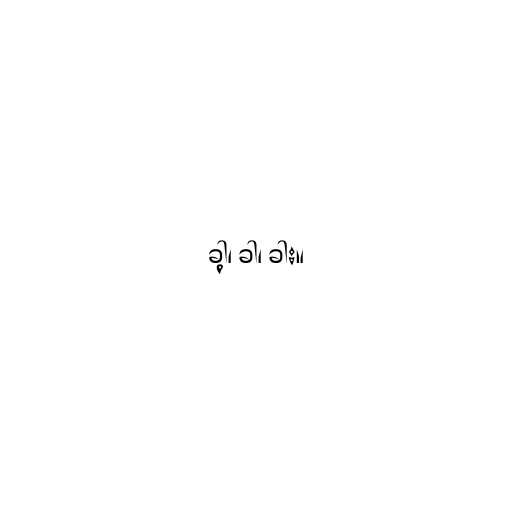
ခါ့၊ ခါ၊ ခါး။